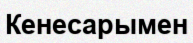
Кенесарымен